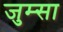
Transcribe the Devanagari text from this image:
जुम्सा